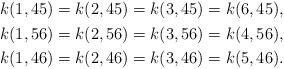
LaTeX: \begin{align*} \begin{aligned} {} & k(1,45) = k(2,45)=k(3,45)=k(6,45), \\& k(1,56) = k(2,56)=k(3,56)=k(4,56), \\ & k(1,46) = k(2,46)=k(3,46)=k(5,46). \end{aligned} \end{align*}